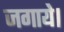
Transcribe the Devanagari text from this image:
जगाये।